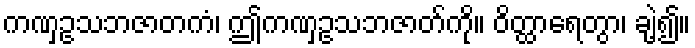
ကဏှဥသဘဇာတကံ၊ ဤကဏှဥသဘဇာတ်ကို။ ဝိတ္ထာရေတွာ၊ ချဲ့၍။